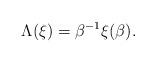
LaTeX: \begin{align*}\Lambda(\xi)=\beta^{-1}\xi(\beta).\end{align*}